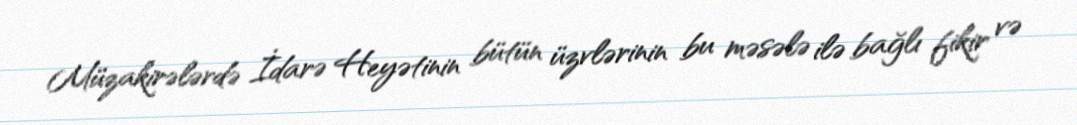
Müzakirələrdə İdarə Heyətinin bütün üzvlərinin bu məsələ ilə bağlı fikir və